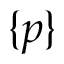
\{ p \}